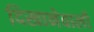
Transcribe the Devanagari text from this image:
दिखानेवाली